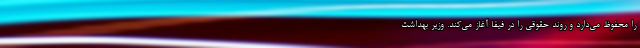
را محفوظ می‌دارد و روند حقوقی را در فیفا آغاز می‌کند. وزیر بهداشت